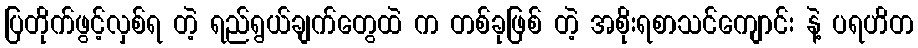
ပြတိုက်ဖွင့်လှစ်ရ တဲ့ ရည်ရွယ်ချက်တွေထဲ က တစ်ခုဖြစ် တဲ့ အစိုးရစာသင်ကျောင်း နဲ့ ပရဟိတ